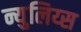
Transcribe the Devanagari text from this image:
न्युलिय्स